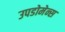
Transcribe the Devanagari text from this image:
उपडोमेन्स